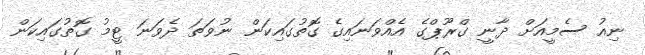
ނިއު ސެމީއަށް ދާނީ ގްރޫޕްގެ އެއްވަނައިގެ ގޮތުގައިކަން ނުވަތަ ދެވަނަ ޓީމު ގޮތުގައިކަން